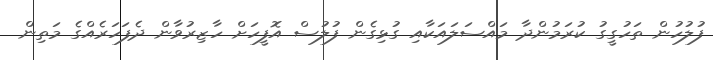
ފުލުހުން ތަހުގީގު ކުރަމުންދާ މައްސަލައަކާއި ގުޅިގެން ފުލުސް އޮފީހަށް ހާޒިރުވާން ދެފަހަރެއްގެ މަތިން